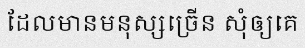
ដែលមានមនុស្សច្រើន សុំឲ្យគេ